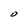
Character: O